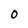
Character: 0